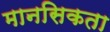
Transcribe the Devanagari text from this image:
मानसिकता